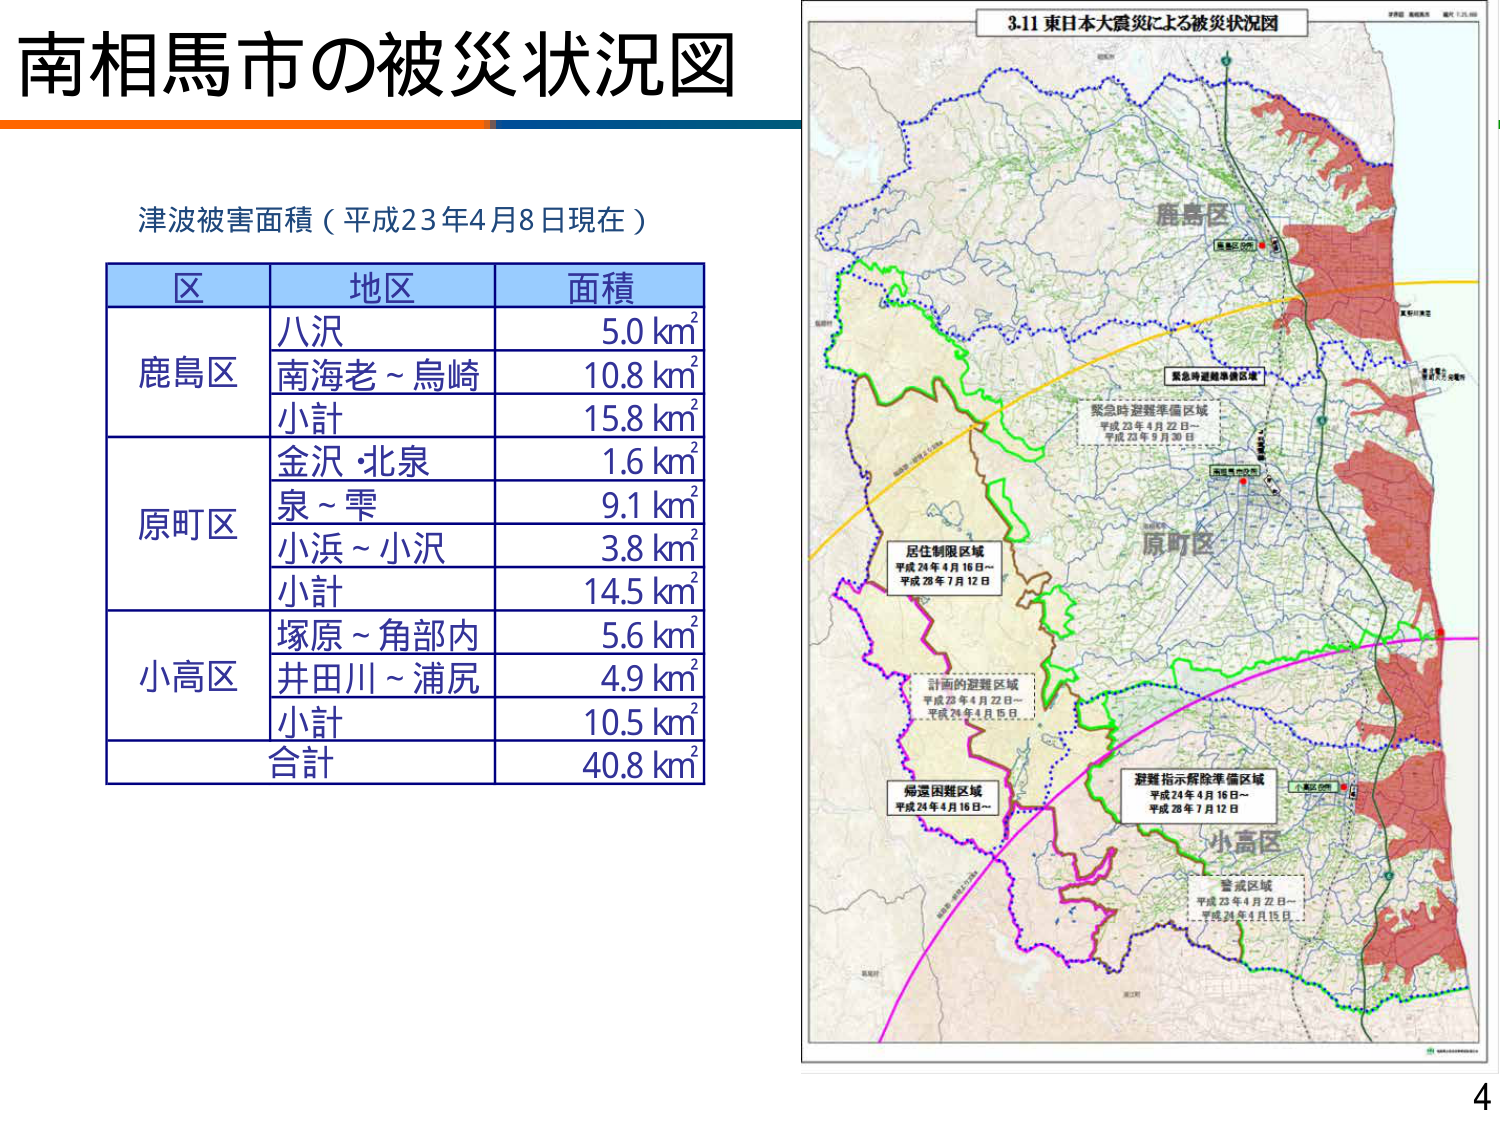
南相馬市の被災状況図

津波被害面積（平成23年4月8日現在）

区 地区 面積
鹿島区 八沢 5.0 km²
　　南海老～烏崎 10.8 km²
　　小計 15.8 km²
原町区 金沢・北泉 1.6 km²
　　泉～雫 9.1 km²
　　小浜～小沢 3.8 km²
　　小計 14.5 km²
小高区 塚原～角部内 5.6 km²
　　井田川～浦尻 4.9 km²
　　小計 10.5 km²
合計 40.8 km²

3.11 東日本大震災による被災状況図

鹿島区
原町区
小高区

緊急時避難準備区域
平成23年4月22日～
平成23年9月30日

居住制限区域
平成24年4月16日～
平成28年7月12日

計画的避難区域
平成23年4月22日～
平成24年4月15日

帰還困難区域
平成24年4月16日～

避難指示解除準備区域
平成24年4月16日～
平成28年7月12日

警戒区域
平成23年4月22日～
平成24年3月15日

4